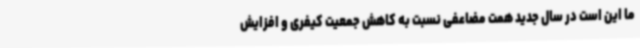
ما این است در سال جدید همت مضاعفی نسبت به کاهش جمعیت کیفری و افزایش